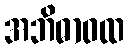
အဘိဓာဝထ